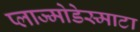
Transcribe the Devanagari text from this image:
प्लाज्मोडेस्माटा